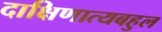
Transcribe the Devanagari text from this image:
दाक्षिणात्यबहुल